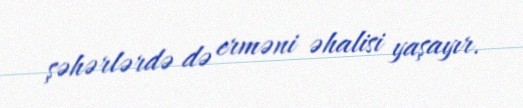
şəhərlərdə də erməni əhalisi yaşayır.